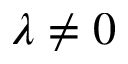
\lambda \ne 0